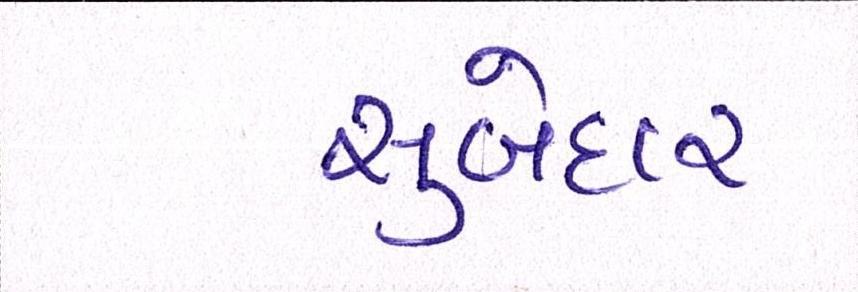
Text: સુબેદાર